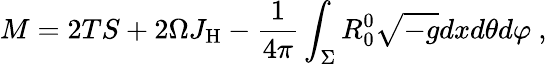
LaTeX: M=2TS+2\Omega J_{\mathrm{H}}-\frac{1}{4\pi}\int_{\Sigma}R_{0}^{0}\sqrt{-g}dxd\theta d\varphi\ ,